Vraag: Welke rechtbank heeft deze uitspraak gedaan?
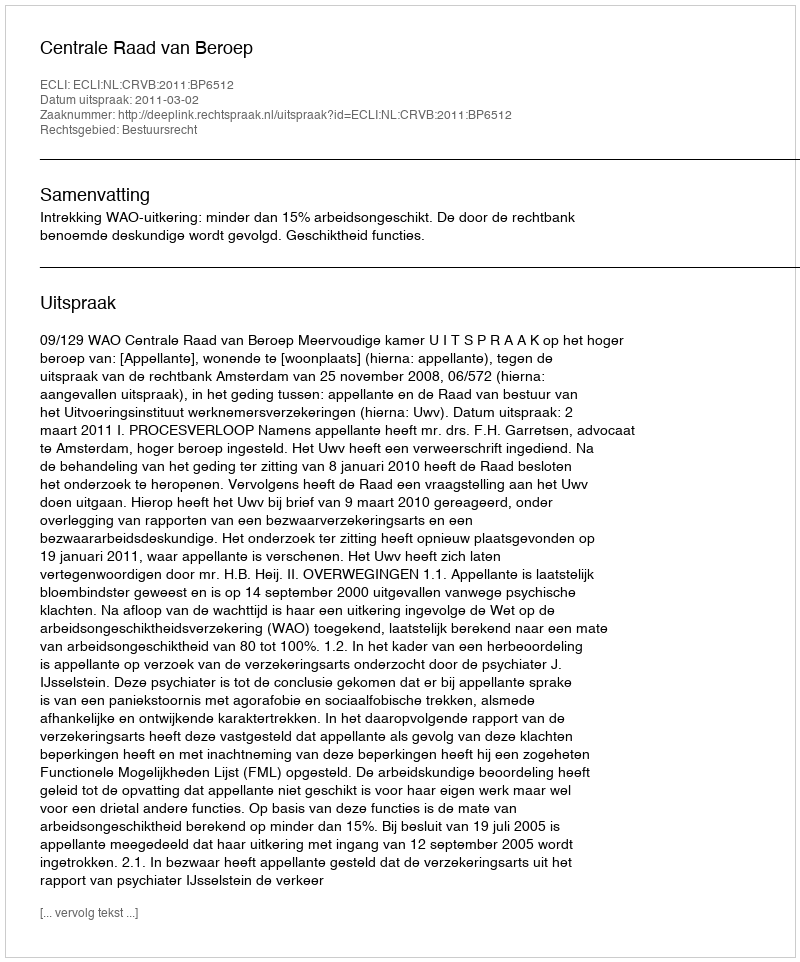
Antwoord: Centrale Raad van Beroep